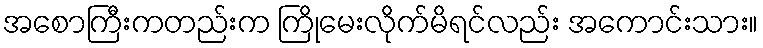
အစောကြီးကတည်းက ကြိုမေးလိုက်မိရင်လည်း အကောင်းသား။